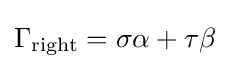
\Gamma _{\text{right}}=\sigma \alpha +\tau \beta